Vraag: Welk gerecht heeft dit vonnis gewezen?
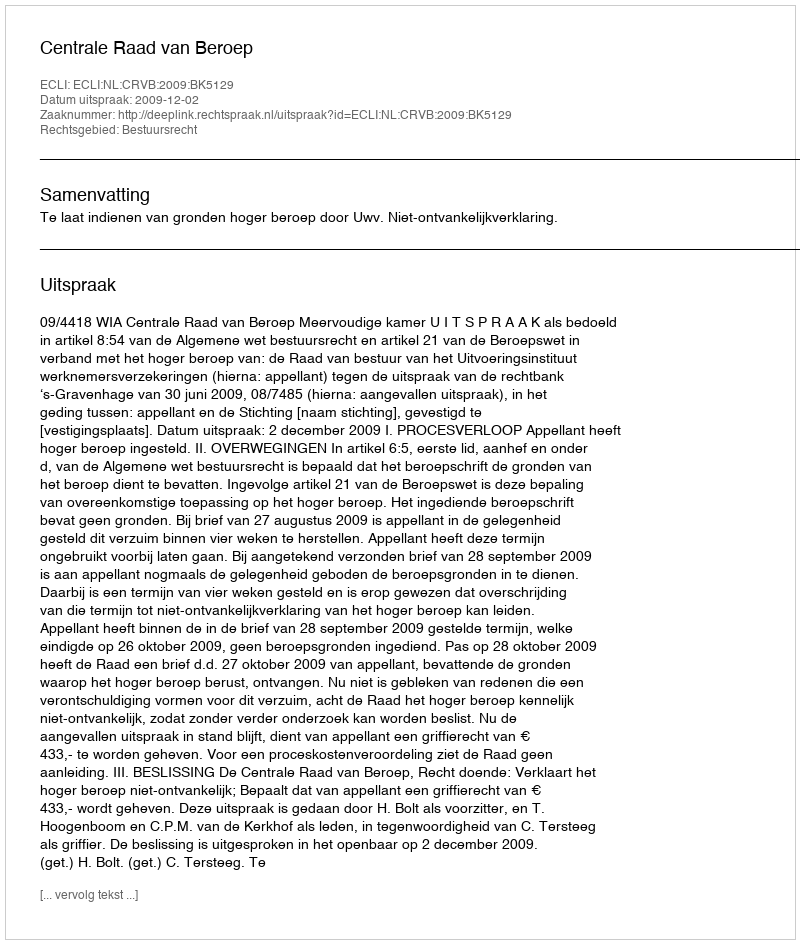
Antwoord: Centrale Raad van Beroep